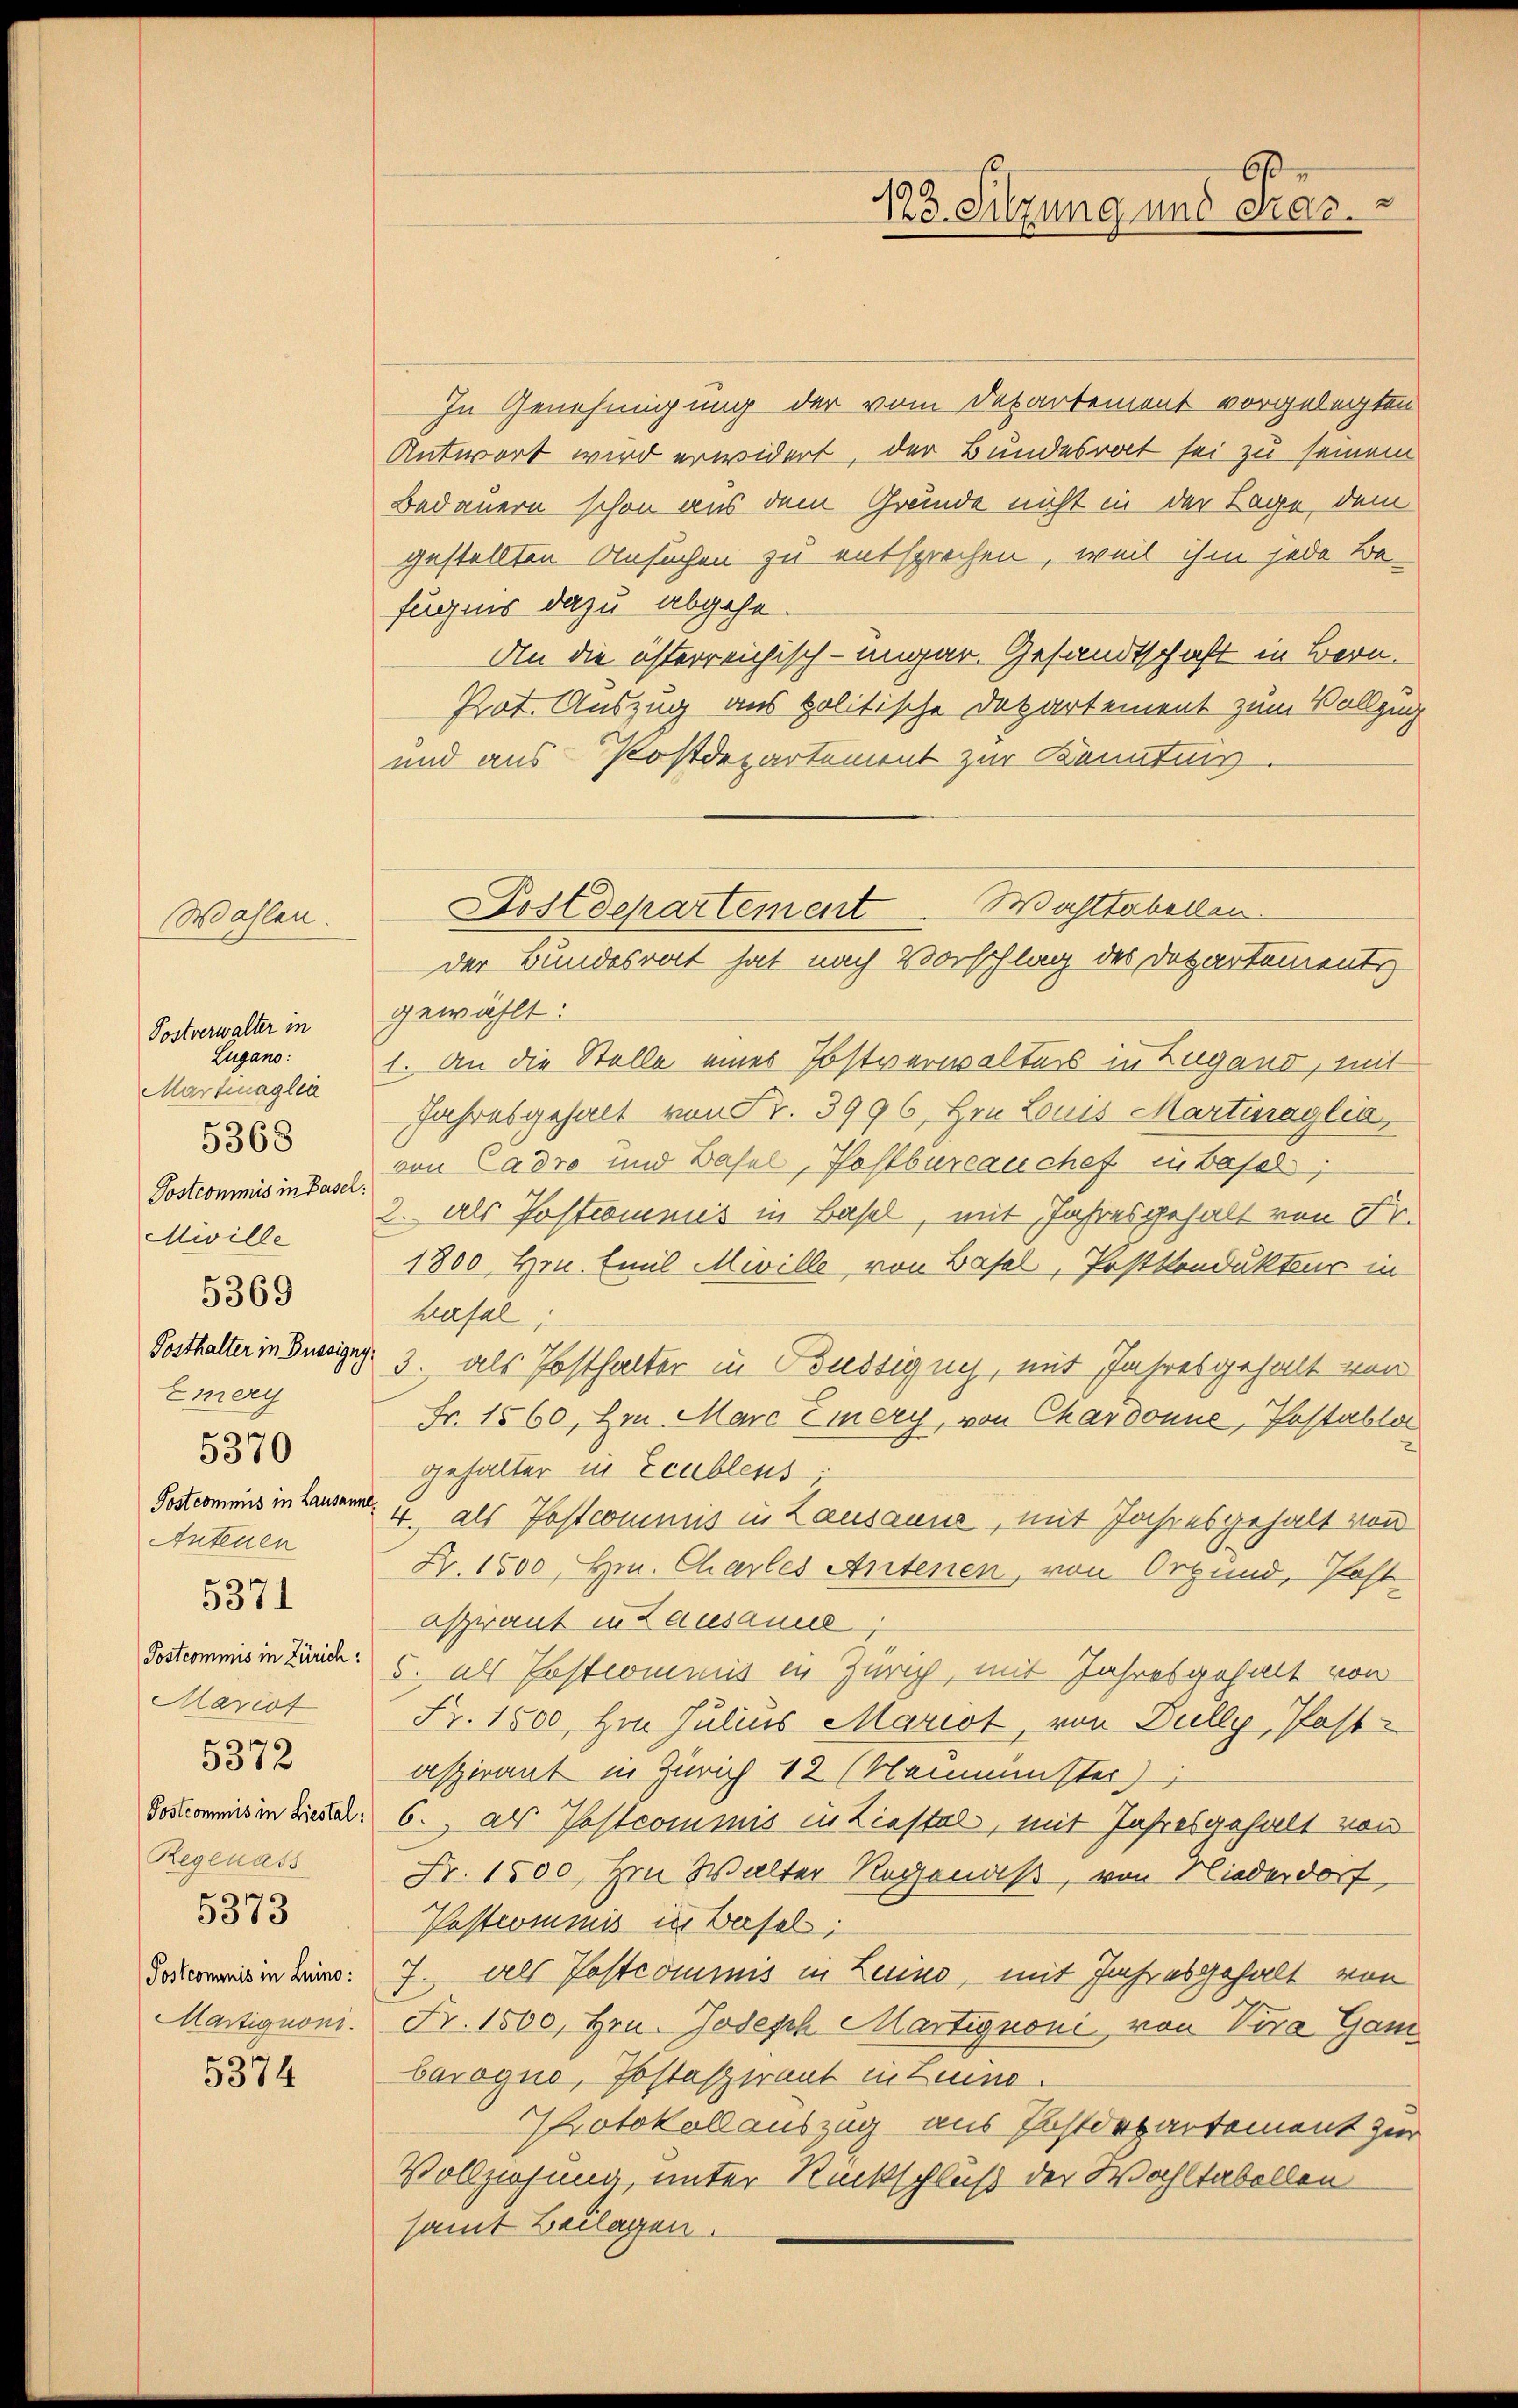
Wahlen.
Postverwalter in
Lugano:
Martinaglia
Miville
Posthalter in Buesigny
Emeri
Postcommis in Lausanne.
Autenen
5371
Postcommis in Zürich:
Mariat
5372
Regenass
5373
Postcomanis in Luino:
Martignoni.

5368

5369

5370

5374

In Genehmigung der vom Departement vorgelegten
Antwort wird erwidert, der Bundesrat sei zu seinem
Bedauern schon aus dem Grunde nicht in der Lage, dem
gestellten Ansuchen zu entsprochen, weil ihm jede Be-
fugnis dazu abgehe.
An die österreichisch-ungar. Gesandtschaft in Bern.
Prot. Auszug aus politische Departement zum Vollzug
und aus Postdepartement zur Kenntnis.
gewählt:
1. An die Stelle eines Postverwalters in Lugand, mit
Jahresgehalt von Fr. 3996, Hrn. Louis Martinaglia,
Postcommis indes, von Cadro und Basel, Hastbureauchef in Basel;
2. Als Postcommis in Basel, mit Jahresgehalt von Fr.
1800 Hrn. Emil Miville, von Basel, Postkondukteur in
hafal,
3. als Posthalter in Budsignis, mit Jahresgehalt von
Fr. 1560, Hrn. Marc Eiery, von Chardonne, Postablon
gehalter in Eeublens;
4. als Postcommis in Lausaums, mit Jahresgehalt von
Fr. 1500, Hrn. Charles Antenen, von Orgund, Post
aspirant in Lausanne,
5. als Erstcommis in Zürich, mit Jahresgehalt von
Fr. 1500, Hrn. Julius Mariat, von Dully, Past
aspirant in Zürich 12 (Neumünster)
Sostroms in Fried. 6., als Postcommis in Liestal, mit Jahresgehalt von
Fr. 1500, Hrn. Walter Regenaß, von Niederdorf,
Pastcommis in Bersel
7. als Postcommis in Leiino, mit Jahresgehalt von
Fr. 1500, Hrn. Joseph Martignoni, von Vora Gan
barogno, Postaspirant in Luino.
Protokollauszug aus Postdepartement zur
Vollziehung, unter Rückschluß der Wohltabellen
samt Beilagen.

6
123. Sitzung und dras.

Wahltabellen.
Postdepartement
der Bundesrat hat nach Vorschlag des Departements